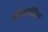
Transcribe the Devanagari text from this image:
ग्रैनडिस